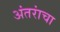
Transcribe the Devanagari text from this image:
अंतरांचा